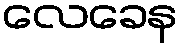
လေခေန